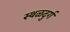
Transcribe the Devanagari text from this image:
स्थळदुर्ग